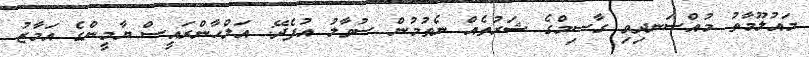
މައުލޫމާތު މުއްސަނދިވި ގާސިމްގެ ޝަރުތެއް ނެތުމުން ސުވާލު އުފެދޭ: އަލްހާންރައީސް ޔާމީންގެ އަމާޒު